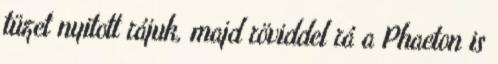
tüzet nyitott rájuk, majd röviddel rá a Phaeton is